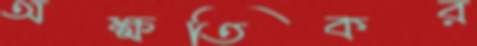
অক্ষতিকর